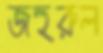
জহুরুল